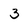
Character: 3